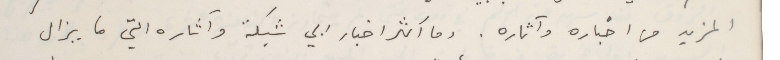
المزيد من اخباره وآثاره. وما اكثر اخبار ابي شبكة وآثاره التي ما يزال